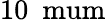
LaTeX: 10~\mathrm{\ mum}